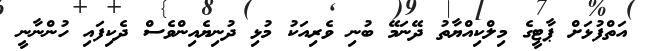
އަތްފުޅަށް ޕާޓީގެ މިލްކިއްޔާތު ދޭނަމޭ ބުނި ވެރިއަކު މުޅި ދުނިޔެއިންވެސް ދެކިފައި ހުންނާނީ